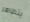
يتظاهر